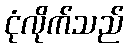
ငုံလိုက်သည်